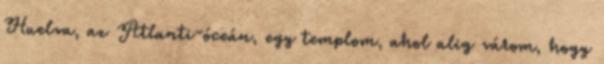
Huelva, az Atlanti-óceán, egy templom, ahol alig várom, hogy